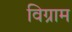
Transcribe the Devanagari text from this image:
विग्राम